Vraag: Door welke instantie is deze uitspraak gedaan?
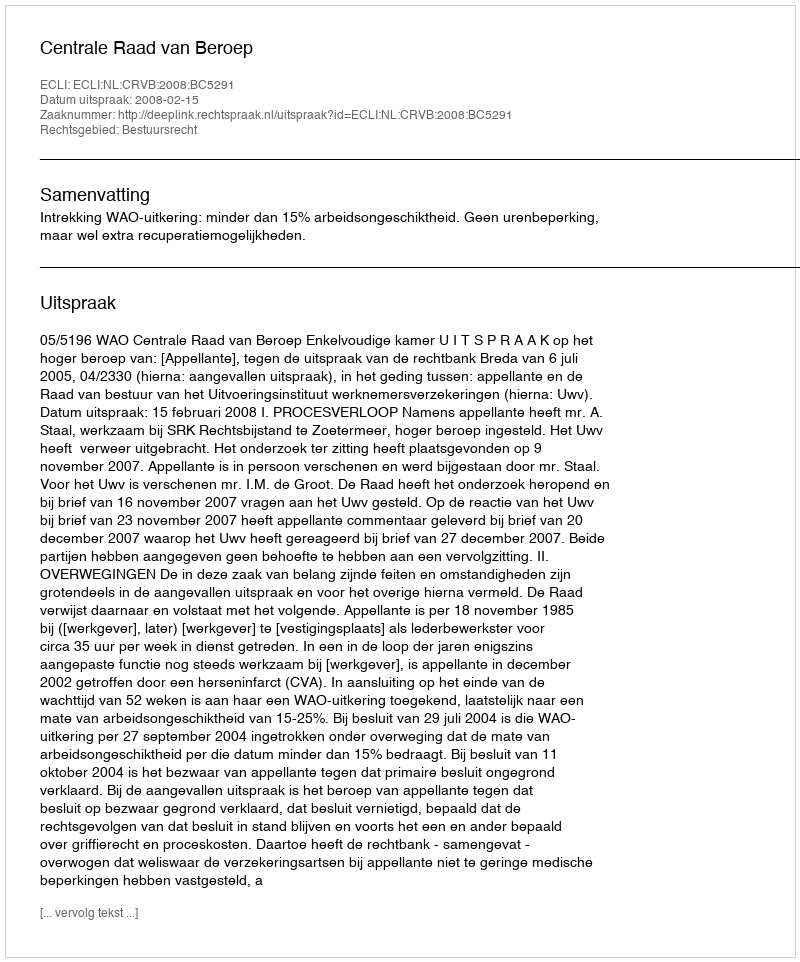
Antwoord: Centrale Raad van Beroep